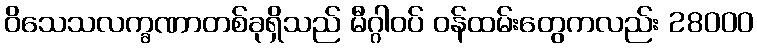
ဝိသေသလက္ခဏာတစ်ခုရှိသည် မီဂ္ဂါဝပ် ဝန်ထမ်းတွေကလည်း 28000